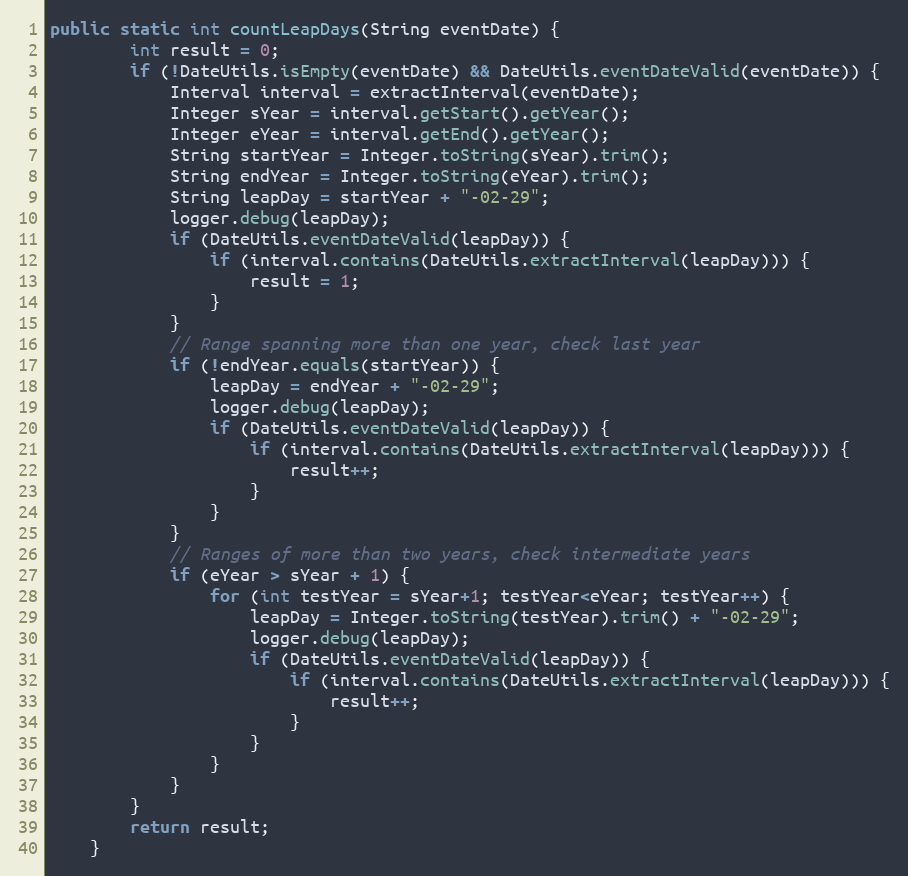
Language: Java
public static int countLeapDays(String eventDate) {
		int result = 0;
		if (!DateUtils.isEmpty(eventDate) && DateUtils.eventDateValid(eventDate)) {
			Interval interval = extractInterval(eventDate);
			Integer sYear = interval.getStart().getYear();
			Integer eYear = interval.getEnd().getYear();
			String startYear = Integer.toString(sYear).trim();
			String endYear = Integer.toString(eYear).trim();
			String leapDay = startYear + "-02-29";
			logger.debug(leapDay);
			if (DateUtils.eventDateValid(leapDay)) {
				if (interval.contains(DateUtils.extractInterval(leapDay))) {
					result = 1;
				}
			}
			// Range spanning more than one year, check last year
			if (!endYear.equals(startYear)) {
				leapDay = endYear + "-02-29";
				logger.debug(leapDay);
				if (DateUtils.eventDateValid(leapDay)) {
					if (interval.contains(DateUtils.extractInterval(leapDay))) {
						result++;
					}
				}
			}
			// Ranges of more than two years, check intermediate years
			if (eYear > sYear + 1) {
				for (int testYear = sYear+1; testYear<eYear; testYear++) {
					leapDay = Integer.toString(testYear).trim() + "-02-29";
					logger.debug(leapDay);
					if (DateUtils.eventDateValid(leapDay)) {
						if (interval.contains(DateUtils.extractInterval(leapDay))) {
							result++;
						}
					}
				}
			}
		}
		return result;
	}